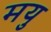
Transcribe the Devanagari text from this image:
मयु